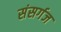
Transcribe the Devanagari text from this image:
संसर्गज